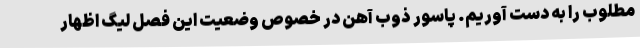
مطلوب را به دست آوریم. پاسور ذوب آهن در خصوص وضعیت این فصل لیگ اظهار